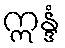
ဣန္ဒံ